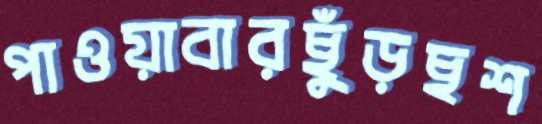
পাওয়াবারছুঁড়ছশ